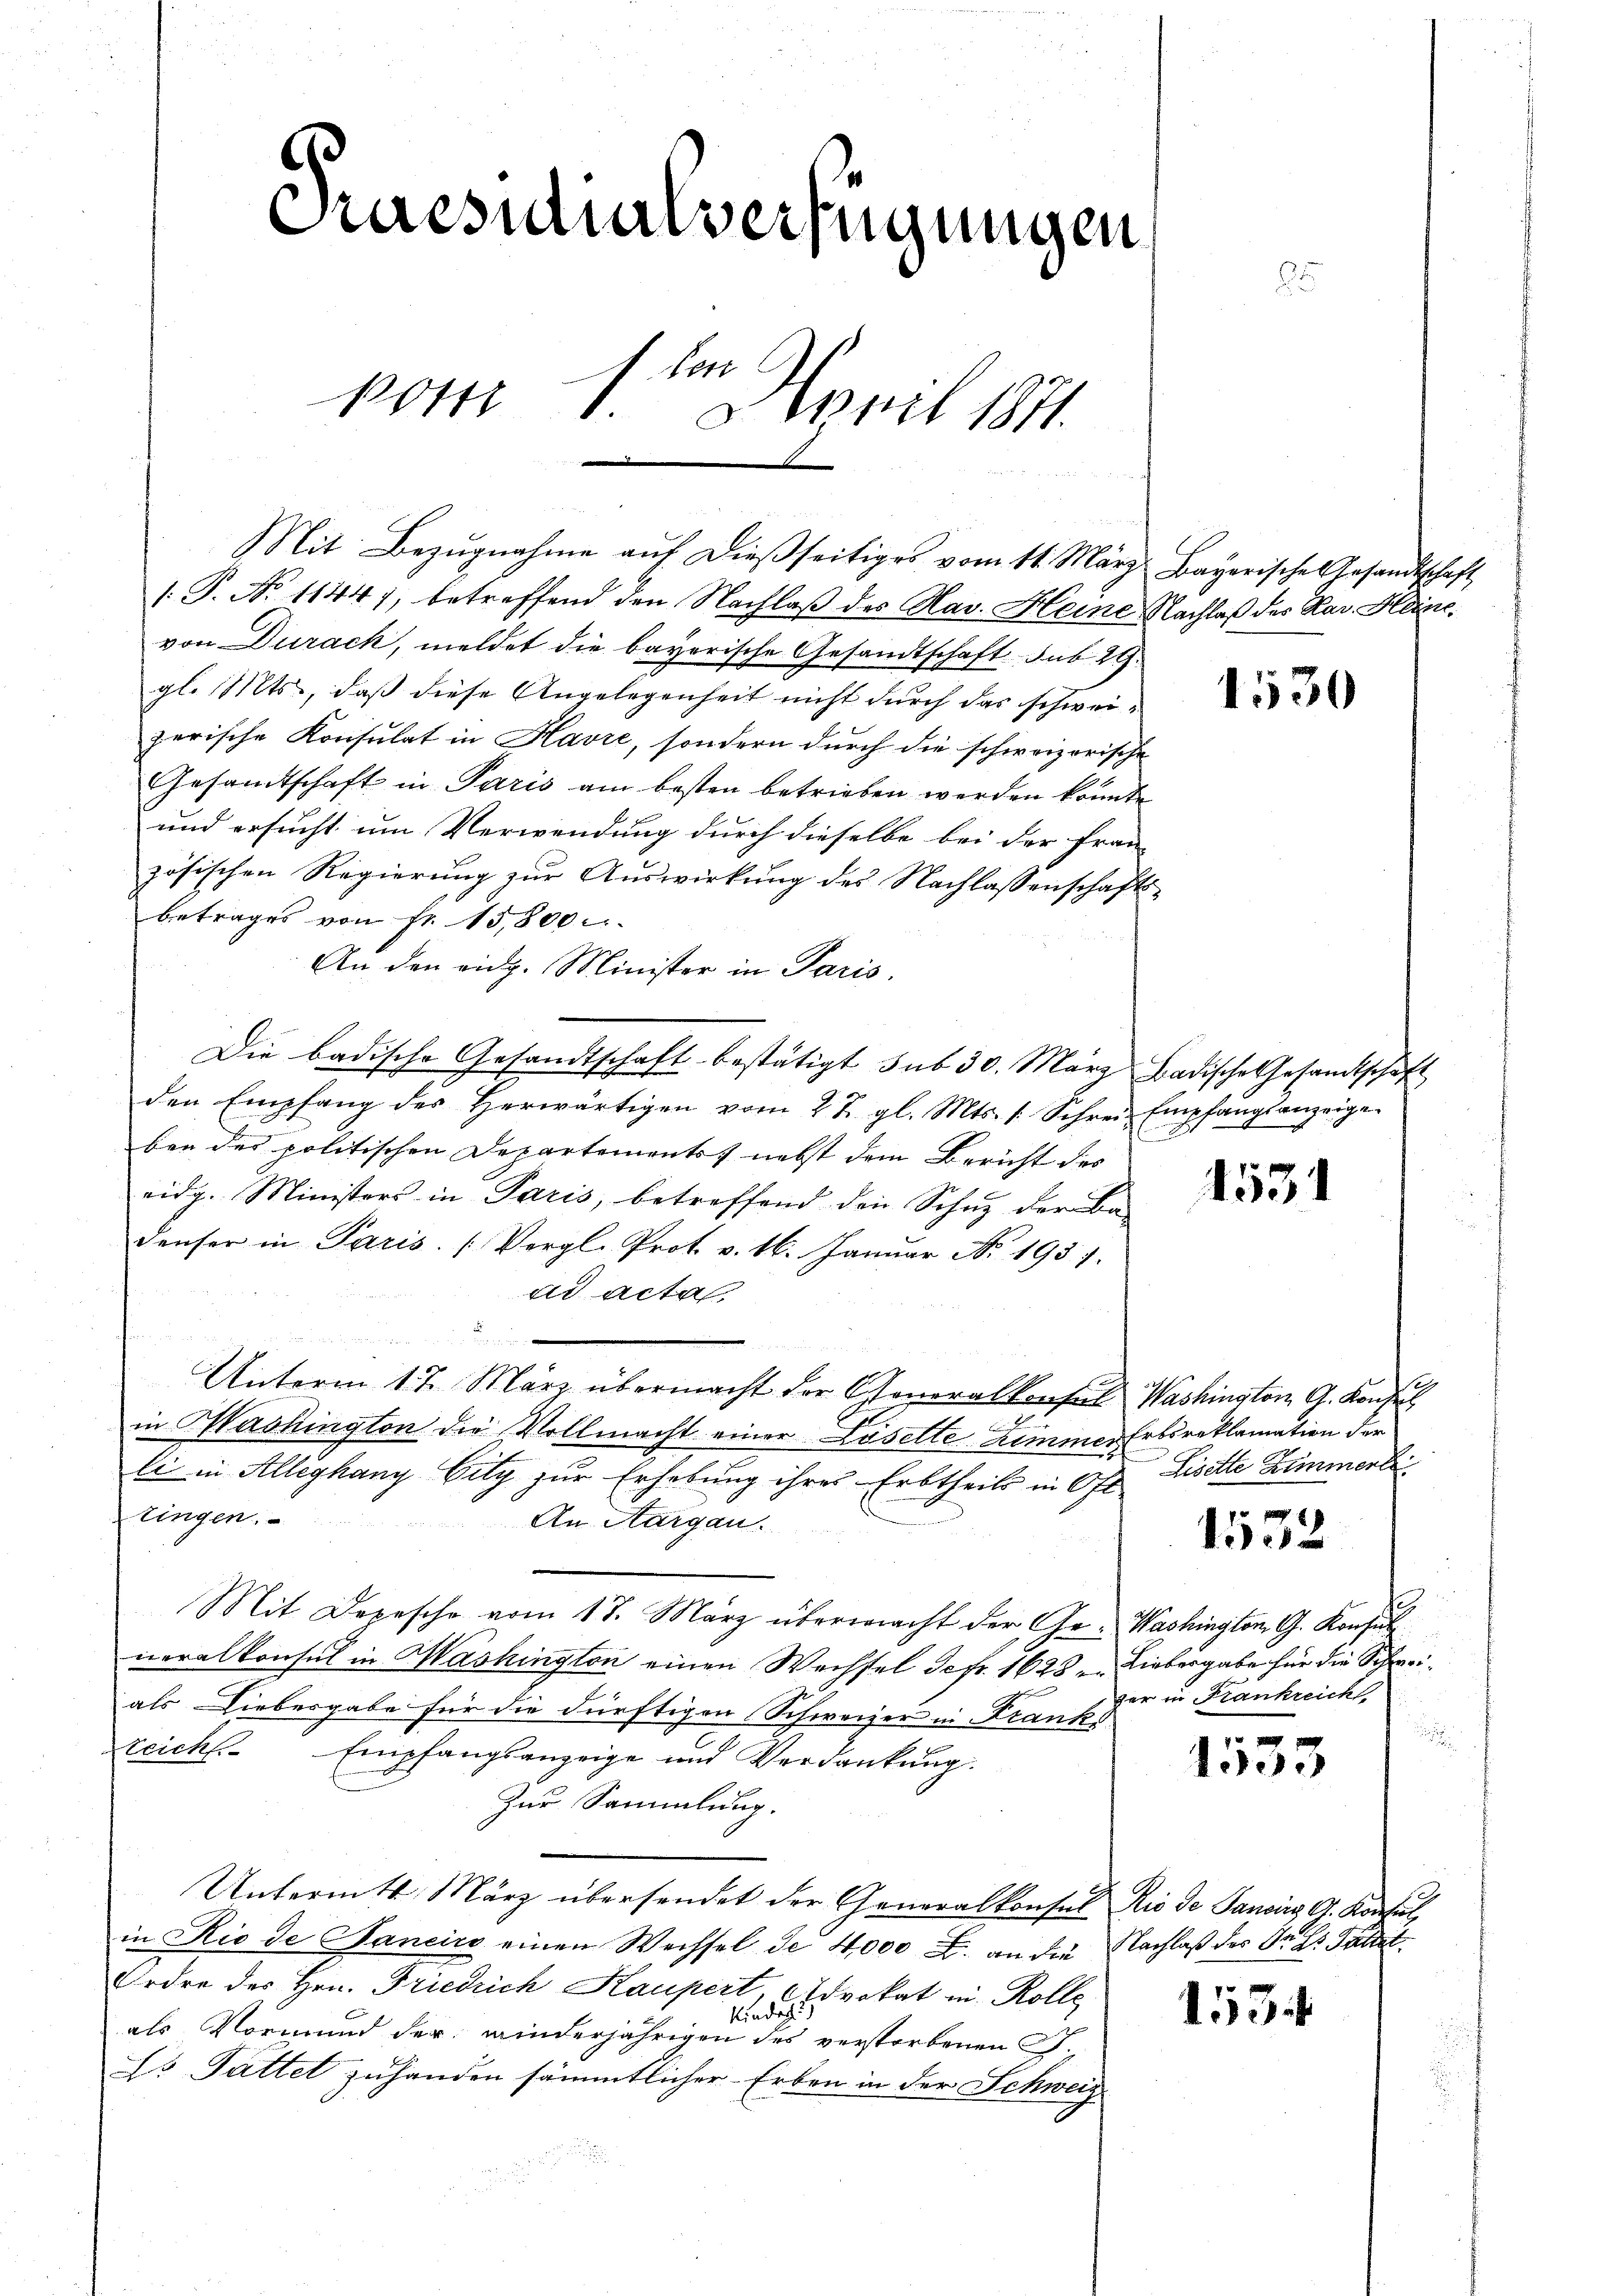
Praesutialverfügungen
2
e
kom 8. April 1871.

Mit Bezŭgnahme aŭf dießseitiges vom 11. März Bayerischen Gesandtschaft

1 P. No 1144), betreffend den Nachlaß des Hav. Heine Nachlaß des Rar. Heisevon Durack, meldet die bayerische Gesandtschaft sub 29.
gl. Mts., daß diese Angelegenheit nicht durch das schweizerische Konsulat in Havre, sondern durch die schweizerische
Gesamtschaft in Paris am besten betrieben werden könnte
und ersucht um Verwendung durch dieselbe bei der Frau
zösischen Regierung zur Auswirkung des Nachlassenschafts-
betrages von Fr. 15,800
An den eidg. Minister in Paris.
Die badische Gesandtschaft bestätigt sub 30. März Badische Gesandtschaft
den Empfang des herwärtigen vom 27. gl. Mts. 1. Schrei Empfangsanzeige
ber des politischen Departements, nebst dem Bericht des
eidg. Ministers in Paris, betreffend den Schuz der Ba-
denser in Paris. (Vergl. Prot. v. 16. Janŭar No. 1937.
ad acta,

Unterm 17. März übermacht der Generalkonsul Washington A. Konsul

in Washington die Vollmacht einer Löselte Zimmer Erbsreklamation der
li in Alleghang City zur Erhebung ihres Erbtheils in Oft Liselle Blumente
tingen.
An Aargau.
Mit Depesche vom 17. März übermacht der Ge- Washington G. Konsul
neralkonsul in Mashington einen Wechsel defr. 1628 - Liebergabe für die Schweials Liebesgabe für die dürftigen Schweizer in Franks
Reich
Empfangsanzeige und Verdankung.
Zur Sammlung.
Untermte März übersendet der Generalkonsul Rio de Sancirg, d. Konsul
in Rio de Janeiro einen Wechsel de 4000 F. an die Nachlaß der Dr Gs Gattet.
Erdre des Hrn. Friedrich Kaupert, Advokat in Rolle
Kindeg
als Vormund der winderjährigen des verstorbenen G.
Ls Gattet zuhanden sämmtlicher Erben in der Schweiz

1530

1531

1532

zer in Frankreich

1533

153